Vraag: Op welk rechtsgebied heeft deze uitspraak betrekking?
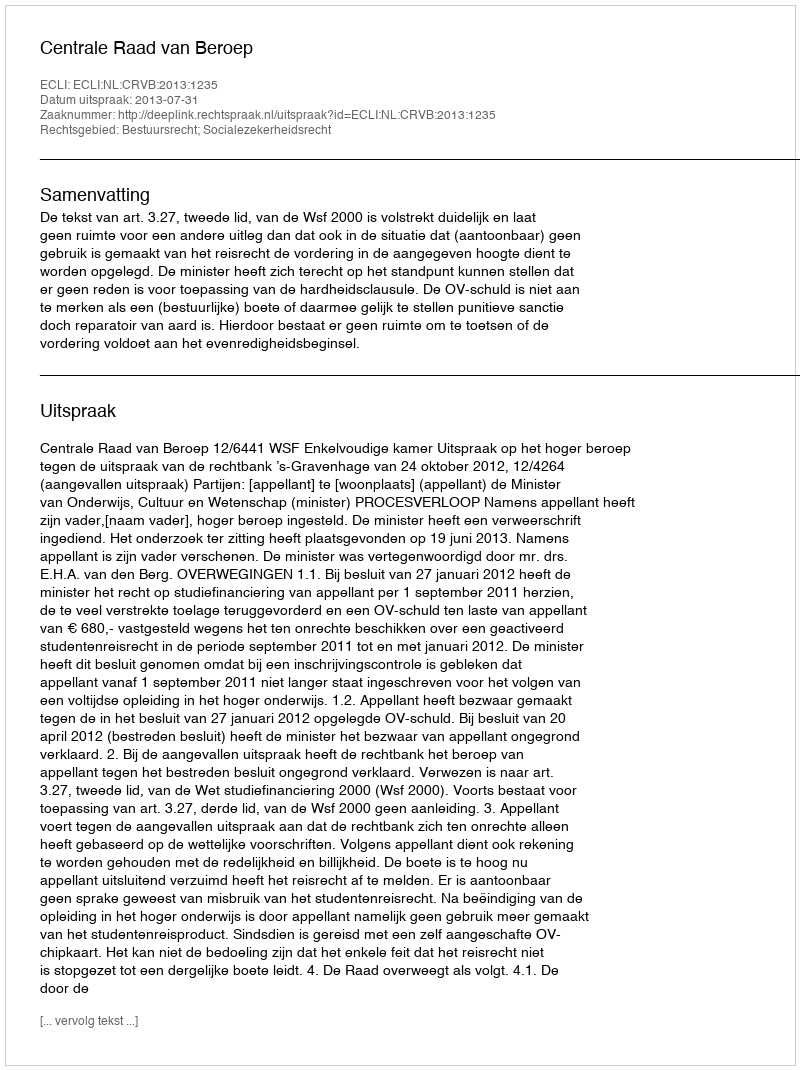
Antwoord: Bestuursrecht; Socialezekerheidsrecht